Indian journal of veterinary science and animal husbandry - Volumes 18-21, 1948-1951
Year: 1948
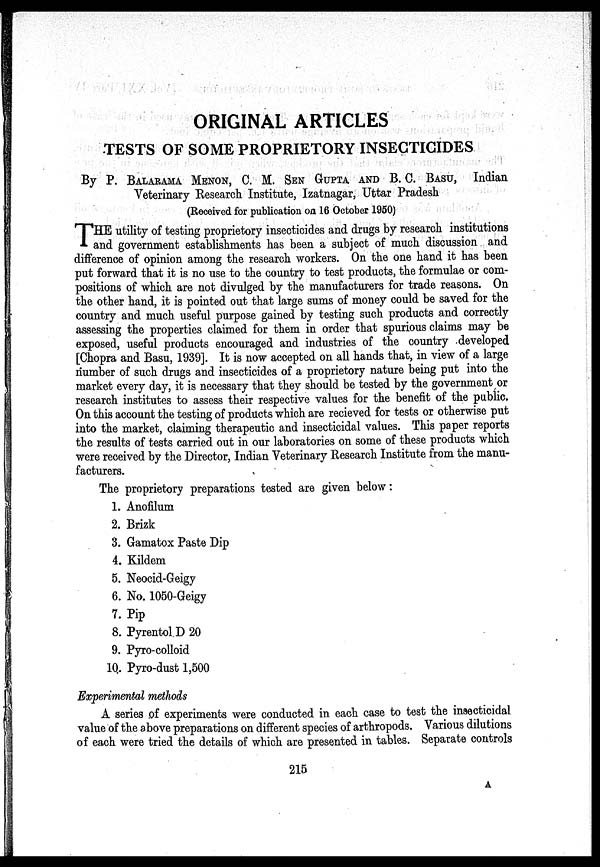
ORIGINAL ARTICLES
TESTS OF SOME PROPRIETORY INSECTICIDES
By P. BALARAMA MENON, C. M. SEN GUPTA AND B. C. BASU, Indian
Veterinary Research Institute, Izatnagar, Uttar Pradesh
(Received for publication on 16 October 1950)
T HE utility of testing proprietory insecticides and drugs by research institutions
and government establishments has been a subject of much discussion and
difference of opinion among the research workers. On the one hand it has been
put forward that it is no use to the country to test products, the formulae or com-
positions of which are not divulged by the manufacturers for trade reasons. On
the other hand, it is pointed out that large sums of money could be saved for the
country and much useful purpose gained by testing such products and correctly
assessing the properties claimed for them in order that spurious claims may be
exposed, useful products encouraged and industries of the country developed
[Chopra and Basu, 1939]. It is now accepted on all hands that, in view of a large
number of such drugs and insecticides of a proprietory nature being put into the
market every day, it is necessary that they should be tested by the government or
research institutes to assess their respective values for the benefit of the public.
On this account the testing of products which are recieved for tests or otherwise put
into the market, claiming therapeutic and insecticidal values. This paper reports
the results of tests carried out in our laboratories on some of these products which
were received by the Director, Indian Veterinary Research Institute from the manu-
facturers.
The proprietory preparations tested are given below:
1. Anofilum
2. Brizk
3. Gamatox Paste Dip
4. Kildem
5. Neocid-Geigy
6. No. 1050-Geigy
7. Pip
8. Pyrentol D 20
9. Pyro-colloid
10. Pyro-dust 1,500
Experimental methods
A series of experiments were conducted in each case to test the insecticidal
value of the above preparations on different species of arthropods. Various dilutions
of each were tried the details of which are presented in tables. Separate controls
215